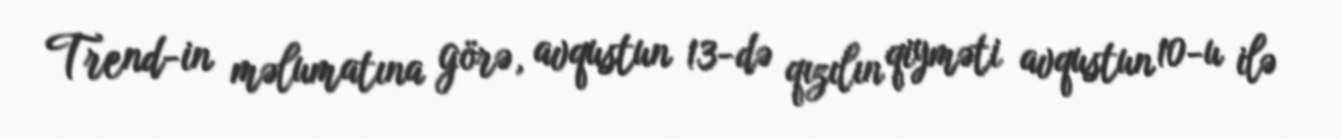
Trend-in məlumatına görə, avqustun 13-də qızılın qiyməti avqustun 10-u ilə